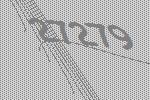
27279